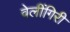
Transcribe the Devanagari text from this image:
वेलींगिरी